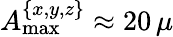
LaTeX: A_{\mathrm{max}}^{\{ x,y,z\} }\approx 20\, \mu